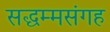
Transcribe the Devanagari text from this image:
सद्धम्मसंगह